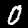
Digit: 0